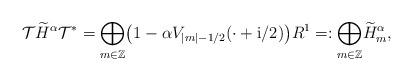
LaTeX: \begin{align*} \mathcal{T}\widetilde H^\alpha\mathcal{T}^*= \underset{m\in \mathbb Z}\bigoplus \big( 1 -\alpha V_{|m|- 1/2}(\cdot + \mathrm i/2)\big)R^1 =:\underset{m\in \mathbb Z}\bigoplus\widetilde H^\alpha_m,\end{align*}